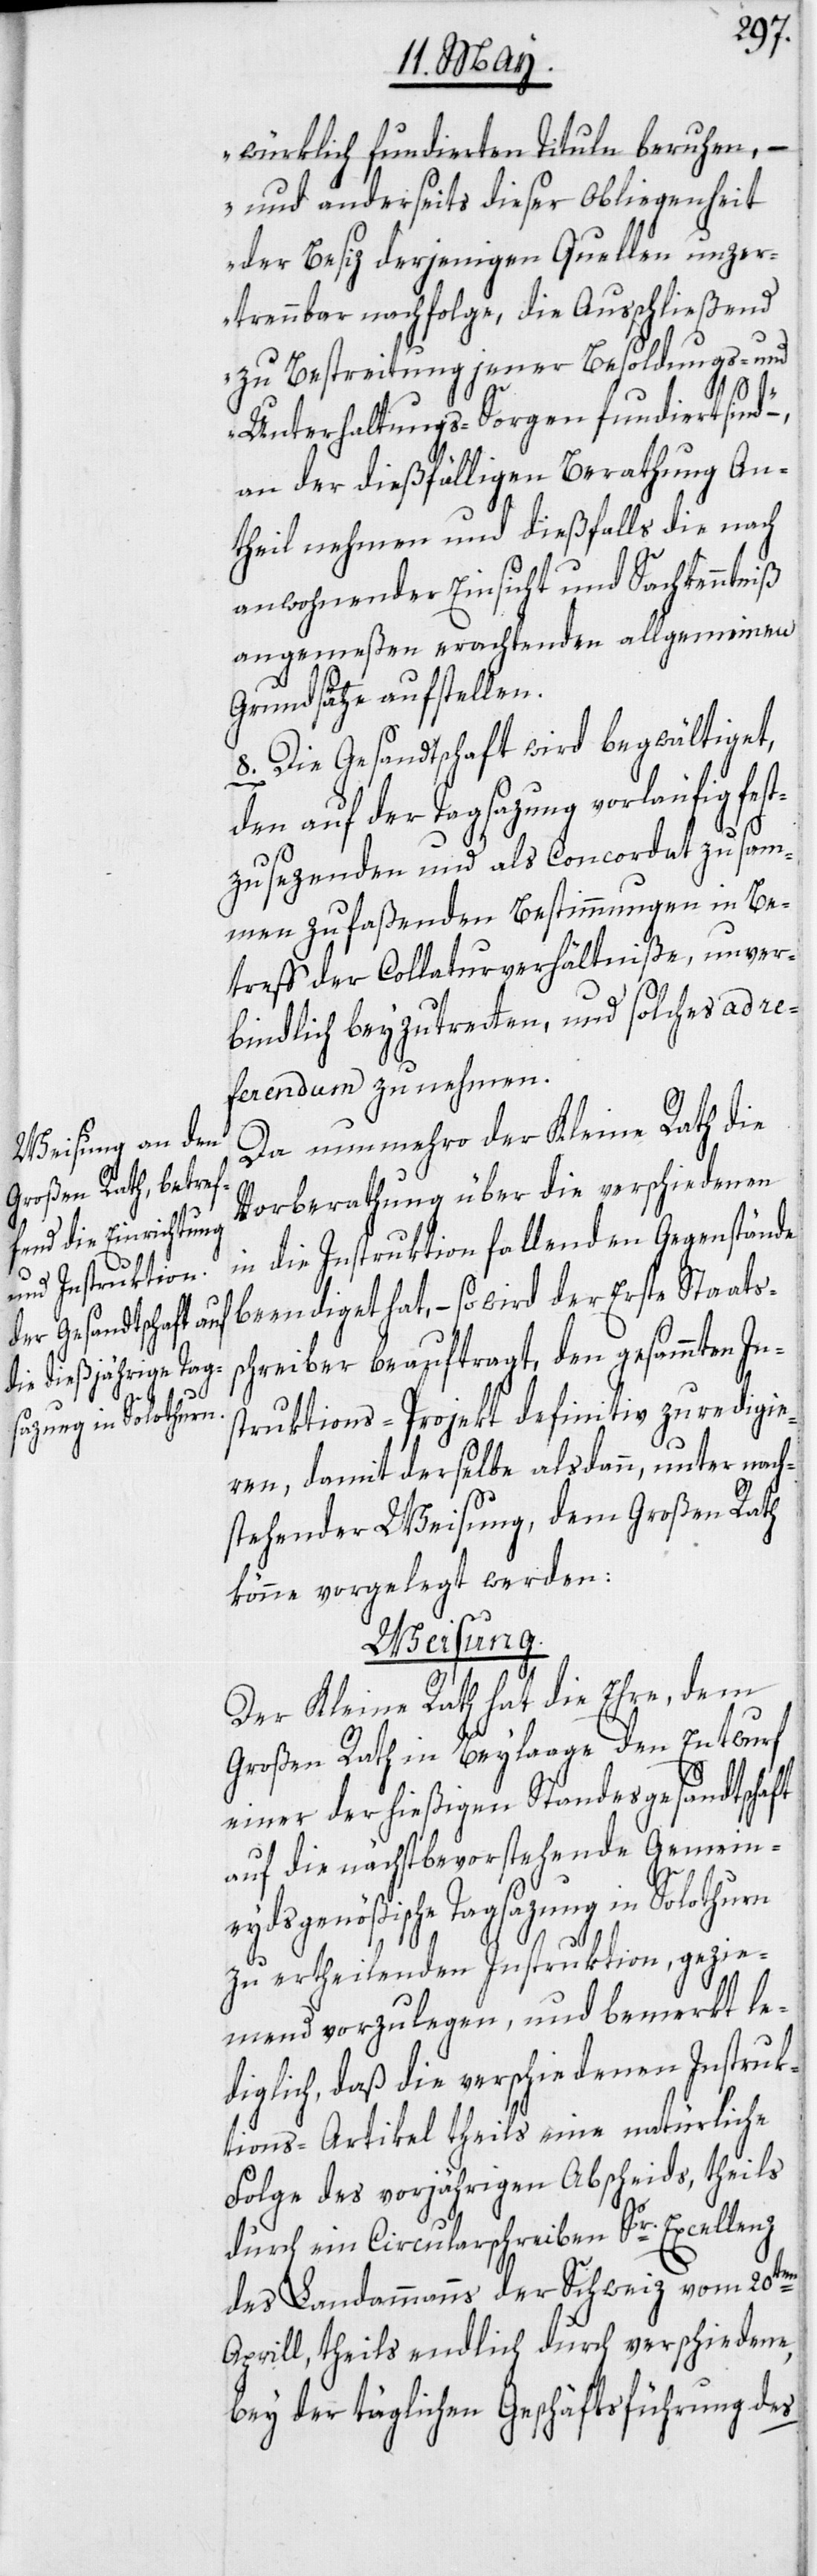
würklich fundierten Tituln beruhen, –
und anderseits dieser Obliegenheit
der Besiz derjenigen Quellen unzer¬
trennbar nachfolge, die Ausschließend
zu Bestreitung jener Besoldungs- und
Unterhaltungs-Sorgen fundiert sind“ –,
an der dießfälligen Berathung An¬
theil nehmen und dießfalls die nach
anwohnender Einsicht und Sachkenntniß
angemeßen erachtenden allgemeinen
Grundsätze aufstellen.
8. Die Gesandtschaft wird begwältiget,
den auf der Tagsazung vorläufig fes¬
tzusezenden und als Concordat zusam¬
men zu faßenden Bestimmungen in Be¬
treff der Collaturverhältniße, unver¬
bindlich beyzutretten, und solches ad re¬
ferendum zu nehmen.
Da nunmehro der Kleine Rath die
Vorberathung über die verschiedenen
in die Instruktion fallenden Gegenstände
beendiget hat, – so wird der Erste Staats¬
schreiber beauftragt, den gesammten In¬
struktions-Projekt definitiv zu redigie¬
ren, damit derselbe alsdann, unter nach¬
stehender Weisung, dem Großen Rath
könne vorgelegt werden:
Weisung.
Der Kleine Rath hat die Ehre, dem
Großen Rath in Beylaage den Entwurf
einer der hießigen Standesgesandtschaft
auf die nächstbevorstehende Gemein¬
eydsgenößische Tagsazung in Solothurn
zu ertheilenden Instruktion, gezie¬
mend vorzulegen, und bemerkt le¬
diglich, daß die verschiedenen Instruk¬
tions-Artikel theils eine natürliche
Folge des vorjährigen Abscheids, theils
durch ein Circularschreiben Sr. Excellenz
des Landammanns der Schweiz vom 20ten
Aprill, theils endlich durch verschiedene,
bey der täglichen Geschäftsführung des